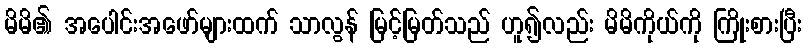
မိမိ၏ အပေါင်းအဖော်များထက် သာလွန် မြင့်မြတ်သည် ဟူ၍လည်း မိမိကိုယ်ကို ကြိုးစားပြီး